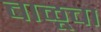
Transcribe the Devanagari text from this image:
बाळूचा